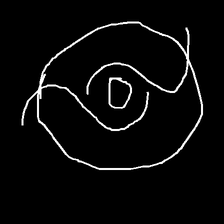
Glyph: repetition